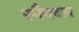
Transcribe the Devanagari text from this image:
स्पैक्टस